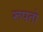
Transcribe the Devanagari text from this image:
रूपतो